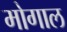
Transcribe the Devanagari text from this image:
मोगाल